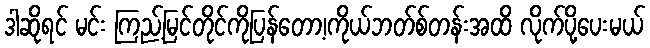
ဒါဆိုရင် မင်း ကြည့်မြင်တိုင်ကိုပြန်တော့၊ကိုယ်ဘတ်စ်တန်းအထိ လိုက်ပို့ပေးမယ်